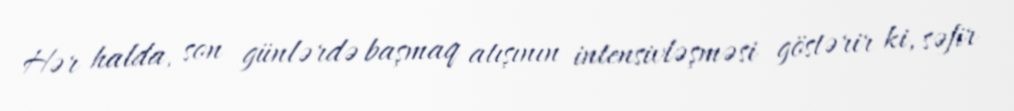
Hər halda, son günlərdə başmaq atışının intensivləşməsi göstərir ki, səfir